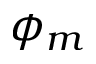
\phi _ { m }